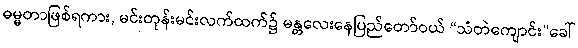
ဓမ္မတာဖြစ်ရကား, မင်းတုန်းမင်းလက်ထက်၌ မန္တလေးနေပြည်တော်ဝယ် “သံတဲကျောင်း”ခေါ်